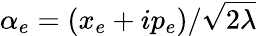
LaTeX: \alpha_{e}=(x_{e}+ip_{e})/\sqrt{2\lambda}